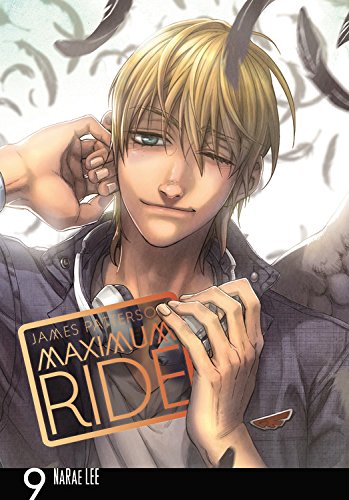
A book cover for Maximum Ride: The Manga, Vol. 9; James Patterson; Comics & Graphic Novels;